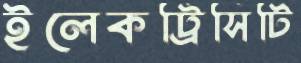
ইলেকট্রিসিটি